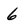
Character: 6